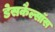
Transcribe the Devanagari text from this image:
डेसकैल्सॉस